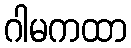
ဂါမကထာ